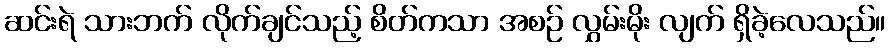
ဆင်းရဲ သားဘက် လိုက်ချင်သည့် စိတ်ကသာ အစဉ် လွှမ်းမိုး လျက် ရှိခဲ့လေသည်။